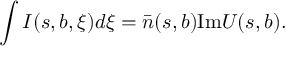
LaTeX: \int I ( s , b , \xi ) d \xi = \bar { n } ( s , b ) \mathrm { I m } U ( s , b ) .